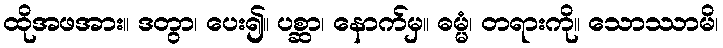
ထိုအဖအား။ ဒတွာ၊ ပေး၍။ ပစ္ဆာ၊ နောက်မှ။ ဓမ္မံ၊ တရားကို။ သောဿာမိ၊